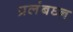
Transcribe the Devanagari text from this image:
प्रलंबघ्न